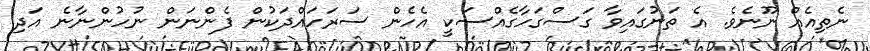
ނެތިއެއް ނޫނެވެ. އެ ތަނުގައިވާ ގަސްގަހާގެއްސަކީ އެހެން ސަރަހައްދަކުން ފެންނަން ނުހުންނާނެ އަދި